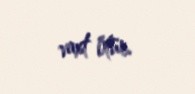
vaxt ötür.